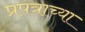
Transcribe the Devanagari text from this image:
प्रपत्राच्या